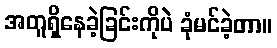
အတူရှိနေခဲ့ခြင်းကိုပဲ ခုံမင်ခဲ့တာ။